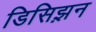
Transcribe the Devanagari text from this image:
डिसिझ़न